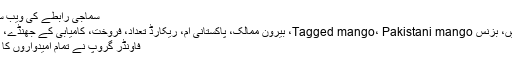
سماجی رابطے کی ویب سائٹ ٹوئٹر مزید پڑھیں
کیٹاگری میں : اہم خبریں، بزنس Tagged mango، Pakistani mango، بیرون ممالک، پاکستانی آم، ریکارڈ تعداد، فروخت، کامیابی کے جھنڈے، گاڑدئیےتبصرہ بھیجیں
فاؤنڈر گروپ نے تمام امیدواروں کا چناؤ میرٹ پر کیا ہے۔